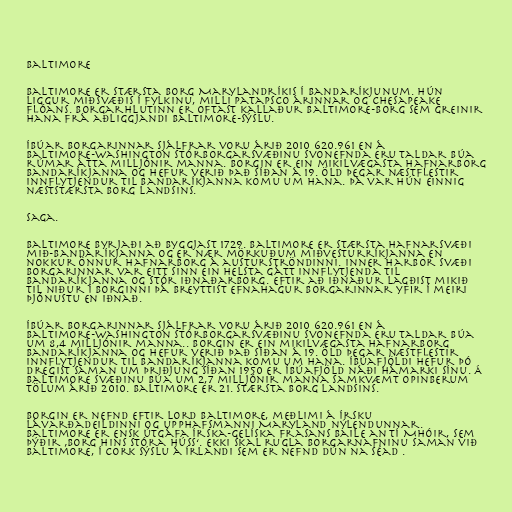
Baltimore

Baltimore er stærsta borg Marylandríkis í Bandaríkjunum. Hún
liggur miðsvæðis í fylkinu, milli Patapsco árinnar og Chesapeake
flóans. Borgarhlutinn er oftast kallaður Baltimore-borg sem greinir
hana frá aðliggjandi Baltimore-sýslu.

Íbúar borgarinnar sjálfrar voru árið 2010 620.961 en á
Baltimore-Washington stórborgarsvæðinu svonefnda eru taldar búa
rúmar átta milljónir manna. Borgin er ein mikilvægasta hafnarborg
Bandaríkjanna og hefur verið það síðan á 19. öld þegar næstflestir
innflytjendur til Bandaríkjanna komu um hana. Þá var hún einnig
næststærsta borg landsins.

Saga.

Baltimore byrjaði að byggjast 1729. Baltimore er stærsta hafnarsvæði
mið-Bandaríkjanna og er nær mörkuðum miðvesturríkjanna en
nokkur önnur hafnarborg á austurströndinni. Inner harbor svæði
borgarinnar var eitt sinn ein helsta gátt innflytjenda til
Bandaríkjanna og stór iðnaðarborg. Eftir að iðnaður lagðist mikið
til niður í borginni þá breyttist efnahagur borgarinnar yfir í meiri
þjónustu en iðnað.

Íbúar borgarinnar sjálfrar voru árið 2010 620.961 en á
Baltimore-Washington stórborgarsvæðinu svonefnda eru taldar búa
um 8,4 milljónir manna.. Borgin er ein mikilvægasta hafnarborg
Bandaríkjanna og hefur verið það síðan á 19. öld þegar næstflestir
innflytjendur til Bandaríkjanna komu um hana. Íbúafjöldi hefur þó
dregist saman um þriðjung síðan 1950 er íbúafjöld náði hámarki sínu. Á
Baltimore svæðinu búa um 2,7 milljónir manna samkvæmt opinberum
tölum árið 2010. Baltimore er 21. stærsta borg landsins.

Borgin er nefnd eftir Lord Baltimore, meðlimi á írsku
lávarðadeildinni og upphafsmanni Maryland nýlendunnar.
Baltimore er ensk útgáfa írska-gelíska frasans Baile an Tí Mhóir, sem
þýðir ‚Borg hins stóra húss‘. Ekki skal rugla borgarnafninu saman við
Baltimore, í Cork sýslu á Írlandi sem er nefnd Dún na Séad .